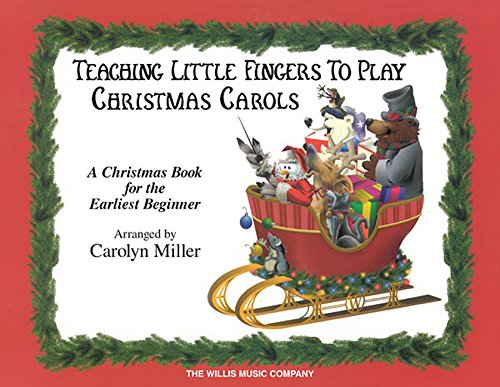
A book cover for Teaching Little Fingers to Play Christmas Carols: A Christmas Book for the Earliest Beginner; Carolyn Miller; Humor & Entertainment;